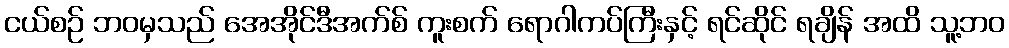
ငယ်စဉ် ဘဝမှသည် အေအိုင်ဒီအက်စ် ကူးစက် ရောဂါကပ်ကြီးနှင့် ရင်ဆိုင် ရချိန် အထိ သူ့ဘဝ